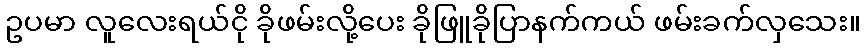
ဥပမာ လူလေးရယ်ငို ခိုဖမ်းလို့ပေး ခိုဖြူခိုပြာနက်ကယ် ဖမ်းခက်လှသေး။